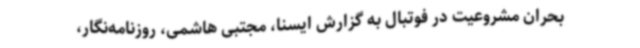
بحران مشروعیت در فوتبال به گزارش ایسنا، مجتبی هاشمی‌، روزنامه‌نگار،